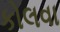
કોલવા